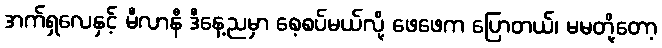
အက်ရှလေနှင့် မီလာနီ ဒီနေ့ညမှာ စေ့စပ်မယ်လို့ ဖေဖေက ပြောတယ်၊ မမတို့တော့